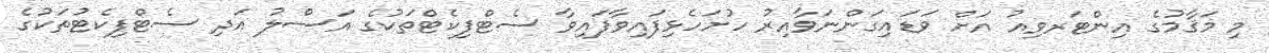
މި މަޤާމުގެ އިންޓަރވިއު އަށް ވަޑައިގަންނަވާއިރު ހުށަހެޅިފައިވާފައިވާ ސެޓްފިކެޓްތަކުގެ އަސްލު އަދި ސެޓްފިކެޓުތަކުގެ